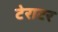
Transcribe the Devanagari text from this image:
टेराटर